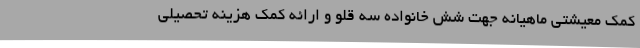
کمک معیشتی ماهیانه جهت شش خانواده سه قلو و ارائه کمک هزینه تحصیلی